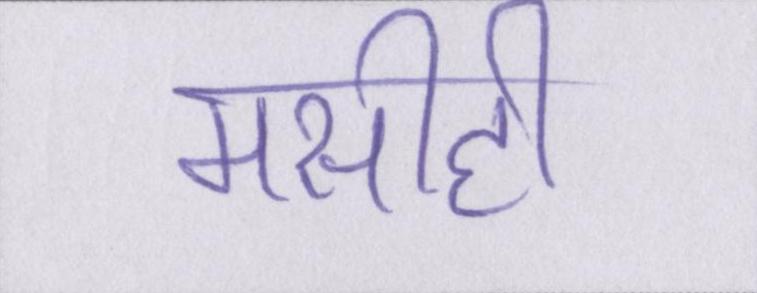
मसीही